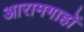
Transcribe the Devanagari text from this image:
आरामगाहों